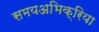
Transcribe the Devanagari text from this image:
समयअभिक्रिया